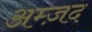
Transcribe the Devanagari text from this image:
अम्ज़द